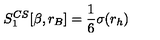
S _ { 1 } ^ { C S } [ \beta , r _ { B } ] = \frac 1 6 \sigma ( r _ { h } )